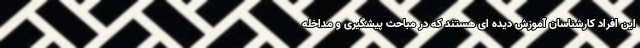
این افراد کارشناسان آموزش دیده‌ ای هستند که در مباحث پیشگیری و مداخله